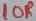
Text: 10R